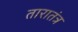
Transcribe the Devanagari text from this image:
तारातंत्र